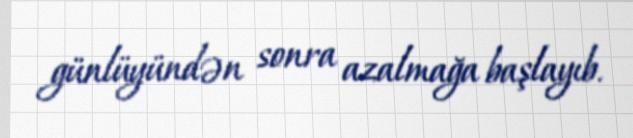
günlüyündən sonra azalmağa başlayıb.